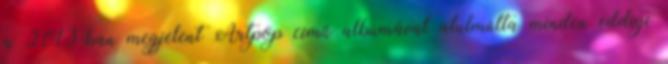
a 2013-ban megjelent Artpop című albumával alulmúlta minden eddigi